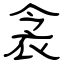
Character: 衾